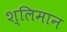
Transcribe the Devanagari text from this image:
श्लिमान